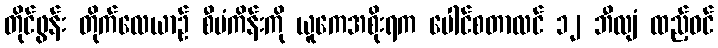
တိုင်ဖွန်း တိုက်လေယာဉ် စီမံကိန်းကို ယူကေအစိုးရက ပေါင်စတာလင် ၁၂ ဘီလျံ ထည့်ဝင်